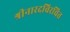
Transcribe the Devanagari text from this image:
श्रीनारदविरचित